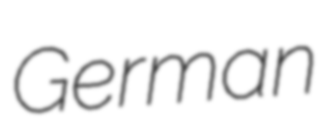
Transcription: German